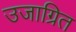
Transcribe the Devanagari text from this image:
उजाग्रित